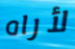
لأراه